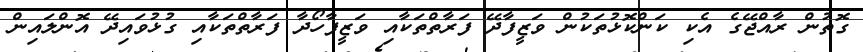
ގޮތުން ރާއްޖޭގެ އެކި ކަންކޮޅުތަކުން ވަޒީފާދޭ ފަރާތްތަކާއި ވަޒީފާހޯދާ ފަރާތްތަކާއި ގުޅުވައިދޭ އޮންލައިން